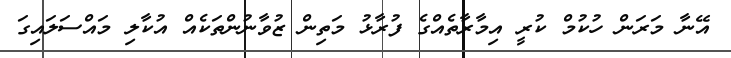
އޭނާ މަރަން ހުކުމް ކުރީ އިމާރާތެއްގެ ފުރާޅު މަތިން ޒުވާނުންތަކެއް އުކާލި މައްސަލައިގަ